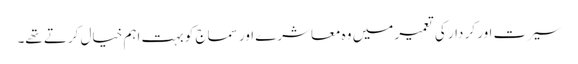
سیرت اور کر دار کی تعمیر میں وہ معاشرے اور سماج کو بہت اہم خیال کرتے تھے۔